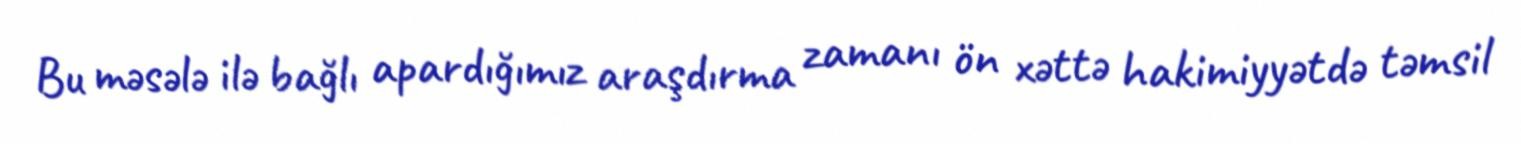
Bu məsələ ilə bağlı apardığımız araşdırma zamanı ön xəttə hakimiyyətdə təmsil